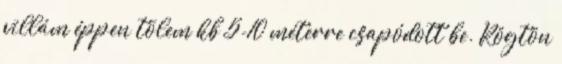
villám éppen tõlem kb 5-10 méterre csapódott be. Rögtön